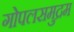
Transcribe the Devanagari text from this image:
गोपलसमुद्रम